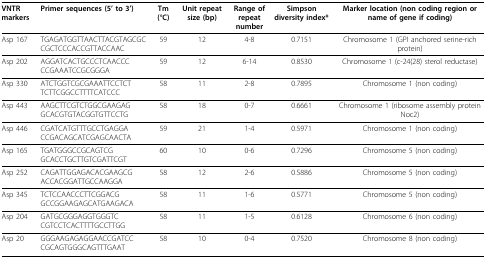
<table><thead><tr><td><b>VNTR markers</b></td><td><b>Primer sequences (5&#x27; to 3&#x27;)</b></td><td><b>Tm (°C)</b></td><td><b>Unit repeat size (bp)</b></td><td><b>Range ofrepeat number</b></td><td><b>Simpson diversity index*</b></td><td><b>Marker location (non coding region or name of gene if coding)</b></td></tr></thead><tbody><tr><td>Asp 167</td><td>TGAGATGGTTAACTTACGTAGCGCCGCTCCCACCGTTACCAAC</td><td>59</td><td>12</td><td>4-8</td><td>0.7151</td><td>Chromosome 1 (GPI anchored serine-rich protein)</td></tr><tr><td>Asp 202</td><td>AGGATCACTGCCCTCAACCC CCGAAATCCGCGGGA</td><td>59</td><td>12</td><td>6-14</td><td>0.8530</td><td>Chromosome 1 (c-24(28) sterol reductase)</td></tr><tr><td>Asp 330</td><td>ATCTGGTCGCGAAATTCCTCTTCTTCGGCCTTTTCATCCC</td><td>58</td><td>11</td><td>2-8</td><td>0.7895</td><td>Chromosome 1 (non coding)</td></tr><tr><td>Asp 443</td><td>AAGCTTCGTCTGGCGAAGAGGCACGTGTACGGTGTTCCTG</td><td>58</td><td>18</td><td>0-7</td><td>0.6661</td><td>Chromosome 1 (ribosome assembly protein Noc2)</td></tr><tr><td>Asp 446</td><td>CGATCATGTTTGCCTGAGGACCGACAGCATCGAGCAACTA</td><td>59</td><td>21</td><td>1-4</td><td>0.5971</td><td>Chromosome 1 (non coding)</td></tr><tr><td>Asp 165</td><td>TGATGGGCCGCAGTCGGCACCTGCTTGTCGATTCGT</td><td>60</td><td>10</td><td>0-6</td><td>0.7296</td><td>Chromosome 5 (non coding)</td></tr><tr><td>Asp 252</td><td>CAGATTGGAGACACGAAGCGACCACGGATTGCCAAGGA</td><td>58</td><td>12</td><td>2-6</td><td>0.5886</td><td>Chromosome 5 (non coding)</td></tr><tr><td>Asp 345</td><td>TCTCCAACCCTTCGGACGGCCGGAAGAGCATGAAGACA</td><td>58</td><td>11</td><td>1-6</td><td>0.5771</td><td>Chromosome 5 (non coding)</td></tr><tr><td>Asp 204</td><td>GATGCGGGAGGTGGGTCCGTCCTCACTTTTGCCTTGG</td><td>58</td><td>11</td><td>1-5</td><td>0.6128</td><td>Chromosome 6 (non coding)</td></tr><tr><td>Asp 20</td><td>GGGAAGAGAGGAACCGATCCCGCAGTGGGCAGTTTGAAT</td><td>58</td><td>10</td><td>0-4</td><td>0.7520</td><td>Chromosome 8 (non coding)</td></tr></tbody></table>